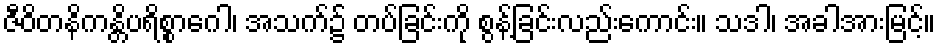
ဇီဝိတနိကန္တိပရိစ္စာဂေါ၊ အသက်၌ တပ်ခြင်းကို စွန့်ခြင်းလည်းကောင်း။ သဒါ၊ အခါအားမြင့်။